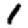
Digit: 1